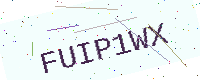
Text: FUIP1WX